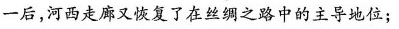
一后，河西走廊又恢复了在丝绸之路中的主导地位；